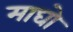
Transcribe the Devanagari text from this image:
माघो